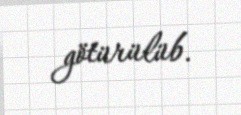
götürülüb.